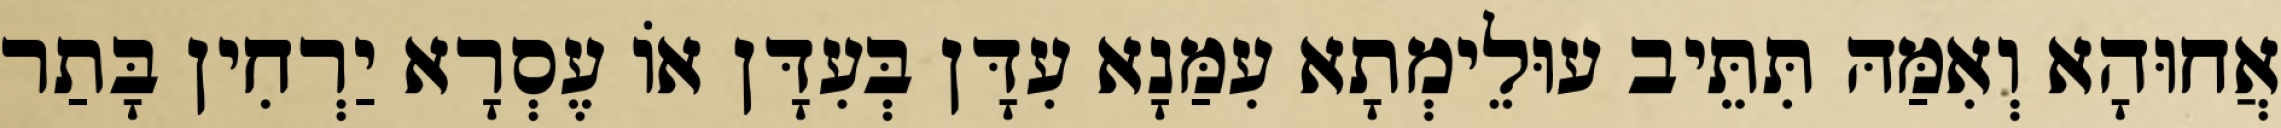
אֲחוּהָא וְאִמַּהּ תִּתֵּיב עוּלֵימְתָא עִמַּנָא עִדָּן בְּעִדָּן אוֹ עֶסְרָא יַרְחִין בָּתַר